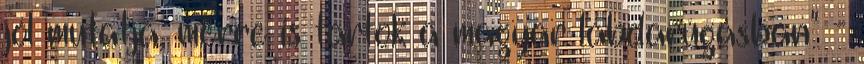
jól mutatja, merre is tartok a magyar labdarúgásban" -